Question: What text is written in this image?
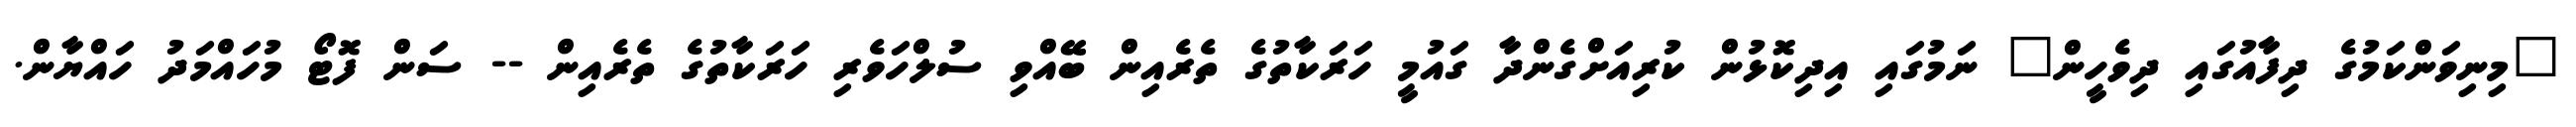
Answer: "މިނިވަންކަމުގެ ދިފާއުގައި ދިވެހީން" ނަމުގައި އިދިކޮޅުން ކުރިއަށްގެންދާ ގައުމީ ހަރަކާތުގެ ތެރެއިން ބޭއްވި ސުލްހަވެރި ހަރަކާތުގެ ތެރެއިން -- ސަން ފޮޓޯ މުހައްމަދު ހައްޔާން.